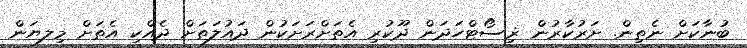
ބުނާކަށް ނެތިން. ށަރުކާރުން ޜިސޯޓްހަދަން ދޫކުރި އެތަށްރަށަކުން ދައުލަތަށް ދެއްކި އެތަށް މިލޔަން